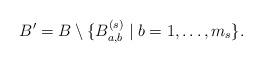
LaTeX: \begin{align*} B'=B\setminus\{B_{a,b}^{(s)}\mid b=1,\ldots,m_s\}.\end{align*}